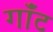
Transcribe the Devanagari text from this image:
गॉंट